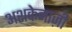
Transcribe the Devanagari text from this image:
अशकेनाज़ी